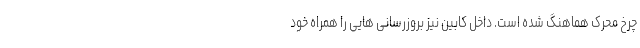
چرخ محرک هماهنگ شده است. داخل کابین نیز بروزرسانی هایی را همراه خود